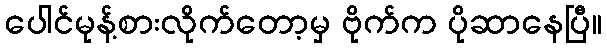
ပေါင်မုန့်စားလိုက်တော့မှ ဗိုက်က ပိုဆာနေပြီ။